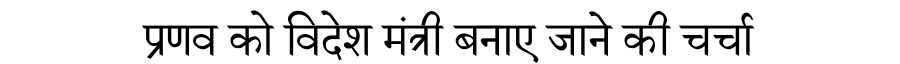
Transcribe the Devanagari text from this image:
प्रणव को विदेश मंत्री बनाए जाने की चर्चा